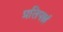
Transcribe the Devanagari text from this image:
प्रतिपन्नं